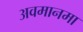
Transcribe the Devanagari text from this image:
अवमानमा